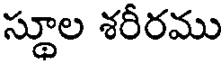
స్థూల శరీరము